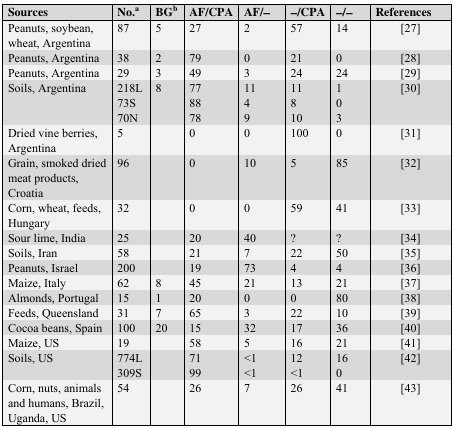
<table><thead><tr><td><b>Sources</b></td><td><b>No.<sup>a</sup></b></td><td><b>BG<sup>b</sup></b></td><td><b>AF/CPA</b></td><td><b>AF/−</b></td><td><b>−/CPA</b></td><td><b>−/−</b></td><td><b>References</b></td></tr></thead><tbody><tr><td>Peanuts, soybean, wheat, Argentina</td><td>87</td><td>5 </td><td>27</td><td>2</td><td>57</td><td>14</td><td>[27]</td></tr><tr><td>Peanuts, Argentina</td><td>38</td><td>2 </td><td>79</td><td>0</td><td>21</td><td>0</td><td>[28]</td></tr><tr><td>Peanuts, Argentina</td><td>29</td><td>3 </td><td>49</td><td>3</td><td>24</td><td>24</td><td>[29]</td></tr><tr><td>Soils, Argentina</td><td>218L</td><td>8 </td><td>77</td><td>11</td><td>11</td><td>1</td><td>[30]</td></tr><tr><td></td><td>73S</td><td></td><td>88</td><td>4</td><td>8</td><td>0</td><td></td></tr><tr><td></td><td>70N</td><td></td><td>78</td><td>9</td><td>10</td><td>3</td><td></td></tr><tr><td>Dried vine berries, Argentina</td><td>5</td><td></td><td>0</td><td>0</td><td>100</td><td>0</td><td>[31]</td></tr><tr><td>Grain, smoked dried meat products, Croatia</td><td>96</td><td></td><td>0</td><td>10</td><td>5</td><td>85</td><td>[32]</td></tr><tr><td>Corn, wheat, feeds, Hungary</td><td>32</td><td></td><td>0</td><td>0</td><td>59</td><td>41</td><td>[33]</td></tr><tr><td>Sour lime, India</td><td>25</td><td></td><td>20</td><td>40</td><td>?</td><td>?</td><td>[34]</td></tr><tr><td>Soils, Iran</td><td>58</td><td></td><td>21</td><td>7</td><td>22</td><td>50</td><td>[35]</td></tr><tr><td>Peanuts, Israel</td><td>200</td><td></td><td>19</td><td>73</td><td>4</td><td>4</td><td>[36]</td></tr><tr><td>Maize, Italy</td><td>62</td><td>8 </td><td>45</td><td>21</td><td>13</td><td>21</td><td>[37]</td></tr><tr><td>Almonds, Portugal</td><td>15</td><td>1 </td><td>20</td><td>0</td><td>0</td><td>80</td><td>[38]</td></tr><tr><td>Feeds, Queensland</td><td>31</td><td>7 </td><td>65</td><td>3</td><td>22</td><td>10</td><td>[39]</td></tr><tr><td>Cocoa beans, Spain</td><td>100</td><td>20 </td><td>15</td><td>32</td><td>17</td><td>36</td><td>[40]</td></tr><tr><td>Maize, US</td><td>19</td><td></td><td>58</td><td>5</td><td>16</td><td>21</td><td>[41]</td></tr><tr><td>Soils, US</td><td>774L</td><td></td><td>71</td><td>&lt;1</td><td>12</td><td>16</td><td>[42]</td></tr><tr><td></td><td>309S</td><td></td><td>99</td><td>&lt;1</td><td>&lt;1</td><td>0</td><td></td></tr><tr><td>Corn, nuts, animals and humans, Brazil, Uganda, US</td><td>54</td><td></td><td>26</td><td>7</td><td>26</td><td>41</td><td>[43]</td></tr></tbody></table>